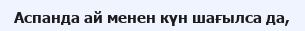
Аспанда ай менен күн шағылса да,